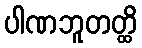
ပါဏဘူတတ္ထိ